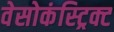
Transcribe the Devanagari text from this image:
वेसोकंस्ट्रिक्ट